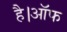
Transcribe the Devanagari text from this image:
है।ऑफ